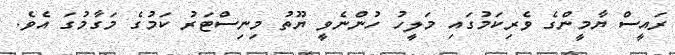
ރައީސް ޔާމީންގެ ވެރިކަމުގައި މަލީހު ހުންނެވީ ޔޫތު މިނިސްޓަރު ކަމުގެ މަގާމުގަ އެވެ.